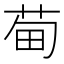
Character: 䓒